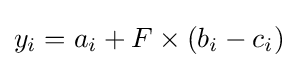
y_{i}=a_{i}+F\times (b_{i}-c_{i})